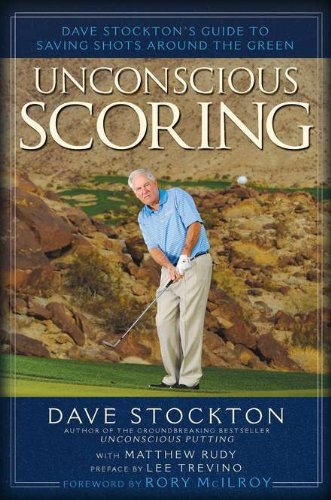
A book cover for Unconscious Scoring: Dave Stockton's Guide to Saving Shots Around the Green; Dave Stockton; Sports & Outdoors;